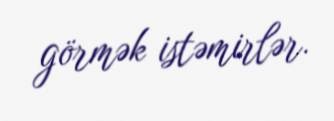
görmək istəmirlər.